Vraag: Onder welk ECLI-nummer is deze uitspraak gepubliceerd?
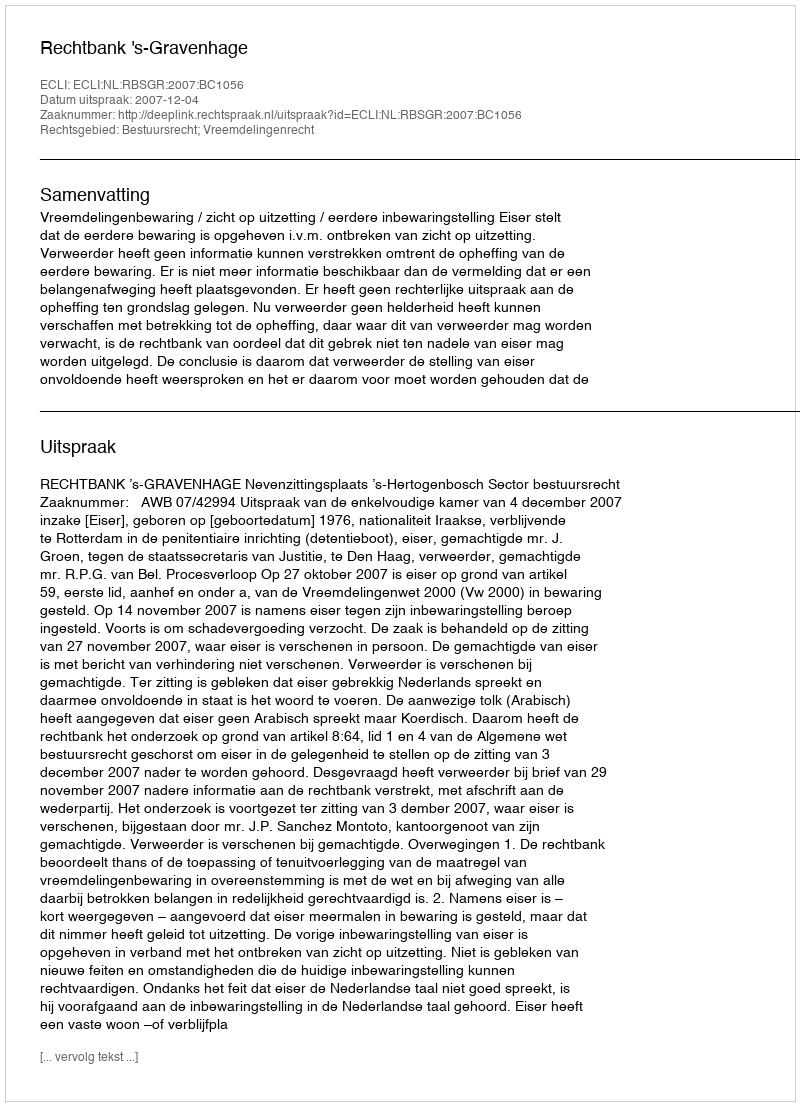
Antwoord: ECLI:NL:RBSGR:2007:BC1056